Indian journal of veterinary science and animal husbandry - Volume 4,
Year: 1934
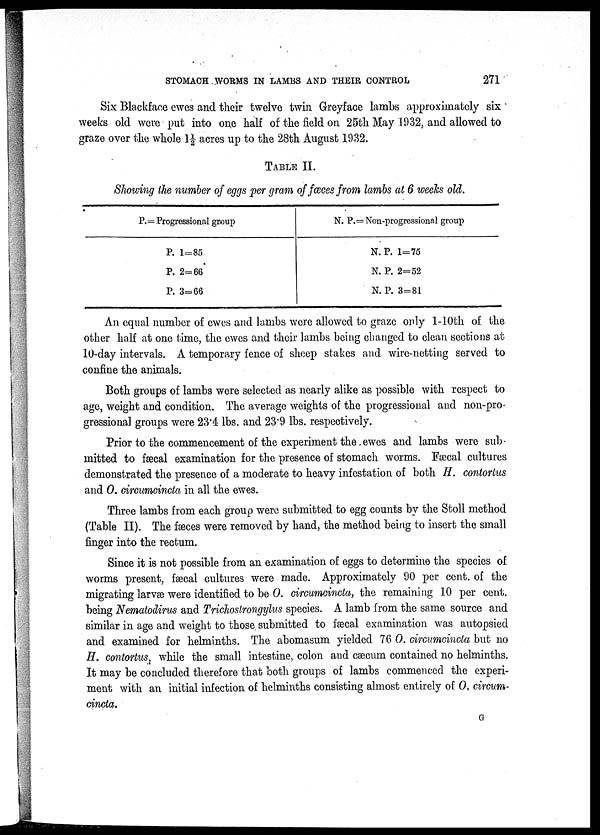
STOMACH WORMS IN LAMBS AND THEIR CONTROL
271
Six Blackface ewes and their twelve twin Greyface lambs approximately six
weeks old were put into one half of the field on 25th May 1932, and allowed to
graze over the whole 1½ acres up to the 28th August 1932.
TABLE II.
Showing the number of eggs per gram of fœces from lambs at 6 weeks old.
P.=Progressional group
P. 1=85
P. 2=66
P. 3=66
N. P.= Non-progressional group
N. P. 1=75
N. P. 2=52
N. P. 3=81
An equal number of ewes and lambs were allowed to graze only 1-10th of the
other half at one time, the ewes and their lambs being changed to clean sections at
10-day intervals. A temporary fence of sheep stakes and wire-netting served to
confine the animals.
Both groups of lambs were selected as nearly alike as possible with respect to
age, weight and condition. The average weights of the progressional and non-pro-
gressional groups were 23.4 lbs. and 23.9 lbs. respectively.
Prior to the commencement of the experiment the ewes and lambs were sub-
mitted to fæcal examination for the presence of stomach worms. Fæcal cultures
demonstrated the presence of a moderate to heavy infestation of both H. contortus
and O. circumcincta in all the ewes.
Three lambs from each group were submitted to egg counts by the Stoll method
(Table II). The fæces were removed by hand, the method being to insert the small
finger into the rectum.
Since it is not possible from an examination of eggs to determine the species of
worms present, fæcal cultures were made. Approximately 90 per cent. of the
migrating larvæ were identified to be O. circumcincta, the remaining 10 per cent.
being Nematodirus and Trichostrongylus species. A lamb from the same source and
similar in age and weight to those submitted to fæcal examination was autopsied
and examined for helminths. The abomasum yielded 76 O. circumcincta but no
H. contortus, while the small intestine, colon and cæcum contained no helminths.
It may be concluded therefore that both groups of lambs commenced the experi-
ment with an initial infection of helminths consisting almost entirely of O. circum-
cincta.
G